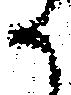
か